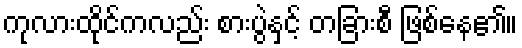
ကုလားထိုင်ကလည်း စားပွဲနှင့် တခြားစီ ဖြစ်နေ၏။